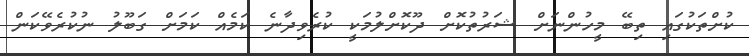
ކުށްތަކުގައި ތިބޭ މީހުންނަށް ޝަރުތުކޮށް ދޫކޮށްލުމަކީ ކުރެވިދާނެ ކަމެއް ކަމަށް ގަބޫލު ނުކުރެވޭކަން